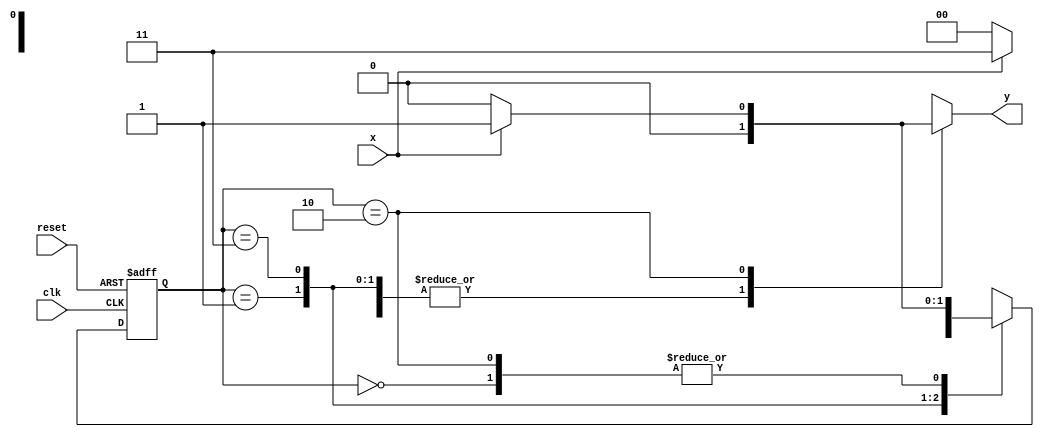
// -----------------------------------------
// - Guia 07 - Lucas Siqueira Chagas - 380783
// - Mealy1101.v
// - Cincia da Computao - 2Peodo
// ----------------------------------------- 

// --------------
// --- Mealy FSM
// --------------


// constant definitions
     `define found 1
     `define notfound 0

// FSM by Mealy
   
    module mealy1101 ( y, x, clk, reset );
	output y;
	input x;
	input clk;
	input reset;
	reg y;

   parameter // state identifiers
	start = 2'b00,
	  id1 = 2'b01,
	 id11 = 2'b11,
	id110 = 2'b10;
   reg [1:0] E1; // current state variables
    reg [1:0] E2; // next state logic output

// next state logic

	always @( x or E1 )
	  begin
	y = `notfound;
	  case ( E1 )
    start:
	if ( x )
	    E2 = id1;
	else
	    E2 = start;
	  id1:
	if ( x )
	    E2 = id11;
	else
	    E2 = start;
	    id11:
	if ( x )
	    E2 = id11;
	else
	    E2 = id110;
	  id110:
	if ( x )
	  begin
	    E2 = id1;
	    y = `found;
    end
	else

 	begin
	    E2 = start;
	    y = `notfound;
    end

	default: // undefined state
	
	    E2 = 2'bxx;
    endcase

    end // always at signal or state changing

// state variables

	always @( posedge clk or negedge reset )
     begin
	if ( reset )
	     E1 = E2; // updates current state
	else
	     E1 = 0; // reset

    end // always at signal changing

endmodule // mealy1101